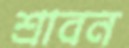
শ্রাবন